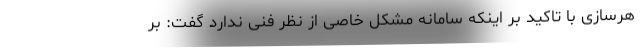
هرسازی با تاکید بر اینکه سامانه مشکل خاصی از نظر فنی ندارد گفت: بر